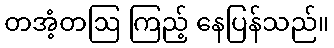
တအံ့တဩ ကြည့် နေပြန်သည်။